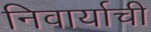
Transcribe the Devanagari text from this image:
निवार्याची